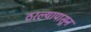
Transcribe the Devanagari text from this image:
ठरल्यापासून